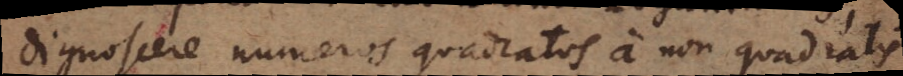
dignoscere numeros quadratos a non quadratis